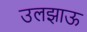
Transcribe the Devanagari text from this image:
उलझाऊ